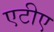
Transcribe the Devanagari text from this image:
एटीए